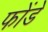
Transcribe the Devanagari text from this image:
फोंडे